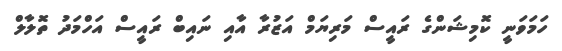
ހަމަވަނީ ކޮމިޝަންގެ ރައީސް މަރިޔަމް އަޒުރާ އާއި ނައިބް ރައީސް އަހްމަދު ތޮލާލް